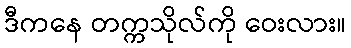
ဒီကနေ တက္ကသိုလ်ကို ဝေးလား။